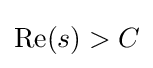
\operatorname {Re} (s)>C